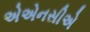
એએનસીએ